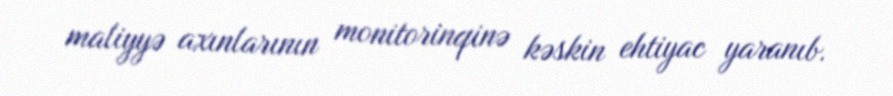
maliyyə axınlarının monitorinqinə kəskin ehtiyac yaranıb.